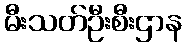
မီးသတ်ဦးစီးဌာန